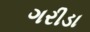
ગરીડા